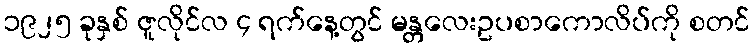
၁၉၂၅ ခုနှစ် ဇူလိုင်လ ၄ ရက်နေ့တွင် မန္တလေးဥပစာကောလိပ်ကို စတင်